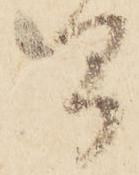
間